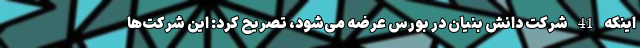
اینکه 41 شرکت دانش بنیان در بورس عرضه می‌شود، تصریح کرد: این شرکت‌ها